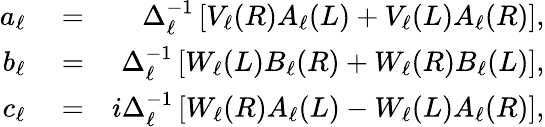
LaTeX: \begin{array}{rlr}{a_{\ell}}&{{}=}&{\Delta_{\ell}^{-1}\left[V_{\ell}(R)A_{\ell}(L)+V_{\ell}(L)A_{\ell}(R)\right],}\\ {b_{\ell}}&{{}=}&{\Delta_{\ell}^{-1}\left[W_{\ell}(L)B_{\ell}(R)+W_{\ell}(R)B_{\ell}(L)\right],}\\ {c_{\ell}}&{{}=}&{i\Delta_{\ell}^{-1}\left[W_{\ell}(R)A_{\ell}(L)-W_{\ell}(L)A_{\ell}(R)\right],}\end{array}